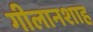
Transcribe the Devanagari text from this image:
गीलानशाह